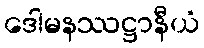
ဒေါမနဿဋ္ဌာနီယံ